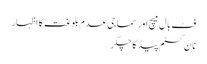
فٹ بال میچ اور سماجی عدم بلوغت کا اظہار
نا ن کسٹم پیڈ کا چکر